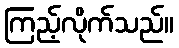
ကြည့်လိုက်သည်။